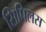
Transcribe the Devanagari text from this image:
सिपिलस